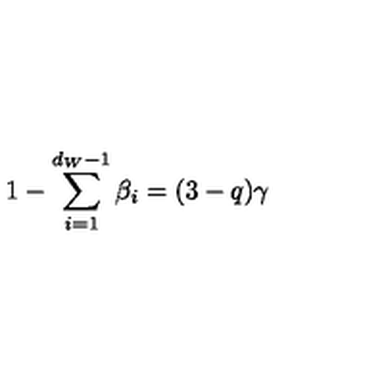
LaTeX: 1 - \sum _ { i = 1 } ^ { d _ { W } - 1 } \beta _ { i } = ( 3 - q ) \gamma